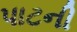
પાટની